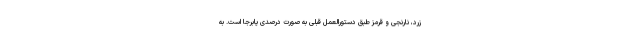
زرد، نارنجی و قرمز طبق دستورالعمل قبلی به صورت درصدی پابرجا است. به